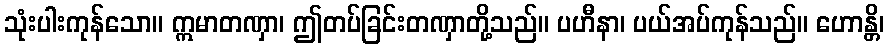
သုံးပါးကုန်သော။ ဣမာတဏှာ၊ ဤတပ်ခြင်းတဏှာတို့သည်။ ပဟီနာ၊ ပယ်အပ်ကုန်သည်။ ဟောန္တိ၊